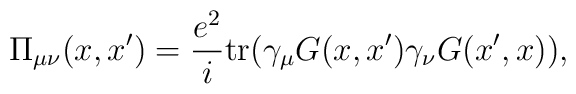
\Pi_{\mu\nu}(x,x') = \frac{e^2}{i}\mbox{tr}                (\gamma_\mu G(x,x') \gamma_\nu G(x',x)),